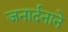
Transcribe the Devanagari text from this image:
जनार्दनाने